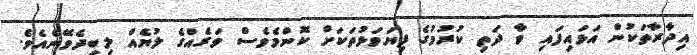
އިދާރާތަކުން އަޅައިފައި ވާ ދަތި ކުރުމުގެ ފިޔަވަޅުތަކަށް ކޮންމެވެސް ވަރެއްގެ ލުޔެއް ލިބިދެވޭނެއެވެ.